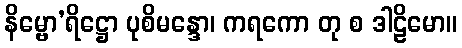
နိမ္ဗော’ရိဋ္ဌော ပုစိမန္ဒော၊ ကရကော တု စ ဒါဠိမော။